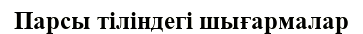
Парсы тіліндегі шығармалар